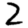
Digit: 2